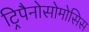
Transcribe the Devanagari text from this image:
ट्रिपैनोसोमोसिस